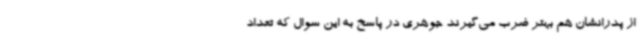
از پدرانشان هم بهتر ضرب می‌گیرند جوهری در پاسخ به این سوال که تعداد